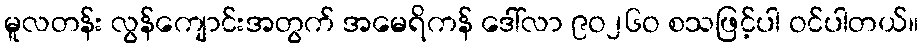
မူလတန်း လွန်ကျောင်းအတွက် အမေရိကန် ဒေါ်လာ ၉ဝ၂၆ဝ စသဖြင့်ပါ ဝင်ပါတယ်။